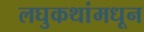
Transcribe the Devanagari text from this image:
लघुकथांमधून